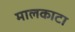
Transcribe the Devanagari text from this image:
मालकाटा